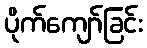
ပိုက်ကျော်ခြင်း